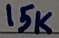
Text: 15K